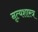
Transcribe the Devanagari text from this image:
नृत्‍यशास्‍त्र